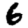
Digit: 6